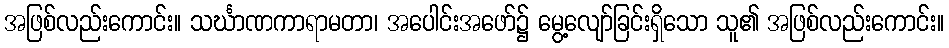
အဖြစ်လည်းကောင်း။ သင်္ဃာဏကာရာမတာ၊ အပေါင်းအဖော်၌ မွေ့လျော်ခြင်းရှိသော သူ၏ အဖြစ်လည်းကောင်း။